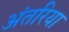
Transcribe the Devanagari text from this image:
अंतरिया